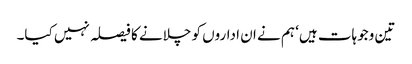
تین وجوہات ہیں‘ ہم نے ان اداروں کو چلانے کا فیصلہ نہیں کیا۔